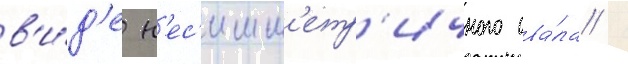
в'и́д'е н'ес'имм'етр'ичного ова́ла /